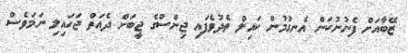
ޒޭބާއަށް ފެނުނުކަން އެނގުމުން ކައިލް ތެދުވެފައި ޖިންސްގެ ޖީބަށް ދެއަތް ޖަހައިލި ނަމަވެސް